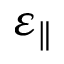
\varepsilon _ { \parallel }